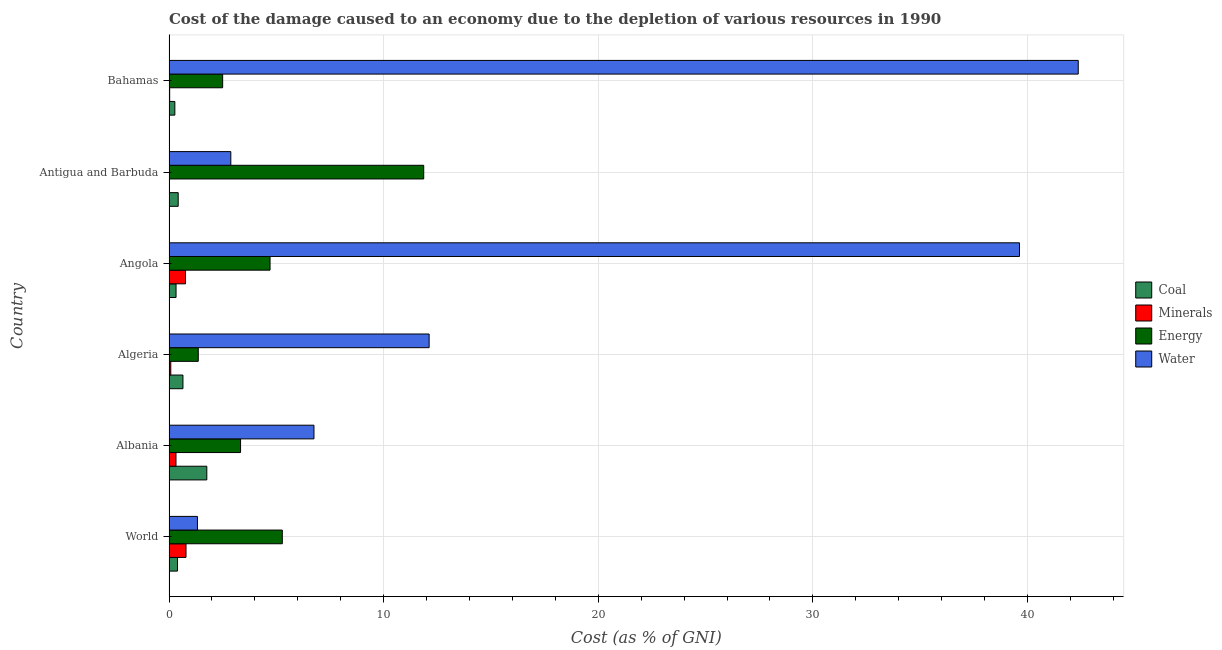
| Country | Coal | Minerals | Energy | Water |
 | --- | --- | --- | --- | --- |
 | World | 0.395 | 0.793 | 5.28 | 1.32 |
 | Albania | 1.76 | 0.325 | 3.33 | 6.75 |
 | Algeria | 0.65 | 0.0827 | 1.36 | 12.1 |
 | Angola | 0.328 | 0.769 | 4.71 | 39.6 |
 | Antigua and Barbuda | 0.429 | 0.0214 | 11.9 | 2.88 |
 | Bahamas | 0.272 | 0.0311 | 2.5 | 42.4 |